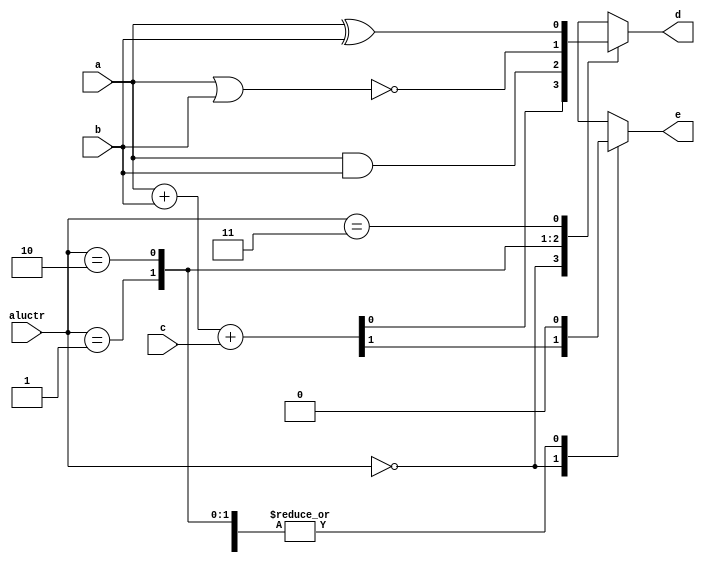
module lab1_3 (a, b, c, aluctr, d, e);
input a, b, c;
input [1:0] aluctr;
output d, e;
//	add your design here 
reg d,e;

always@* begin
    case(aluctr)
        2'b00: begin
                {e,d} = a + b + c;
               end
        2'b01: begin
                d = a & b;
                e = 0;
               end 
        2'b10: begin
                d = !(a|b);
                e = 0;
               end
        2'b11: begin
                d = a ^ b;
                e = 0;
               end
        endcase
end

endmodule